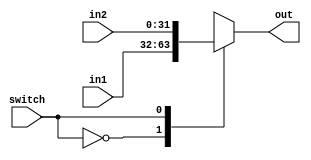
module Mux32(in1, in2, switch,  out);
output reg [31:0] out;
input [31:0] in1, in2;
input switch;

always@(switch)
	begin
		case(switch)
		0: out=in1;
		1: out=in2;
		endcase
	end


endmodule